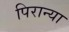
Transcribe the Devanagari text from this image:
पिरान्या